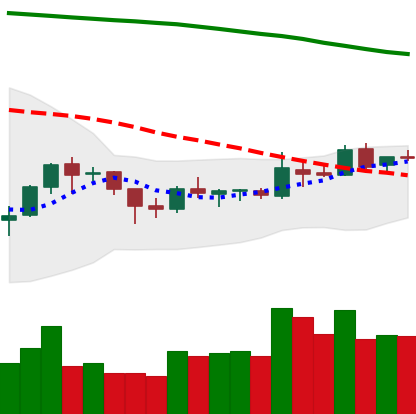
Ticker: BNB-USD
Chart end date: 2018-10-08
Forward return: -9.196%
Label: down_7plus